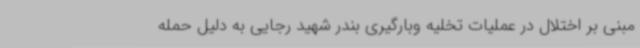
مبنی بر اختلال در عملیات تخلیه وبارگیری بندر شهید رجایی به دلیل حمله